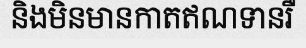
និងមិនមានកាតឥណទានរឺ